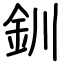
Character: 釧